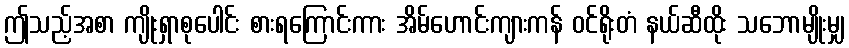
ဤသည့်အစာ ကျိုးရှာစုပေါင်း စားရကြောင်းကား အိမ်ဟောင်းကျားကန် ဝင်ရိုးတံ နယ်ဆီထိုး သဘောမျိုးမျှ